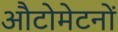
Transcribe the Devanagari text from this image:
औटोमेटनों